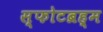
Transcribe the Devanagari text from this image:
स्फोटब्रह्म